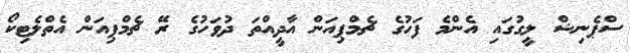
ސްޕެނިޝް ލީގުގައި އެންމެ ފަހުގެ ޗެމްޕިއަން އާދީއްތަ ދުވަހުގެ ރޭ ޗެމްޕިއަން އެތްލެޓިކޯ